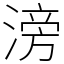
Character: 滂